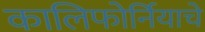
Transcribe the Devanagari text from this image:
कालिफोर्नियाचे